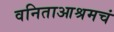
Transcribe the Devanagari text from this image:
वनिताआश्रमचं